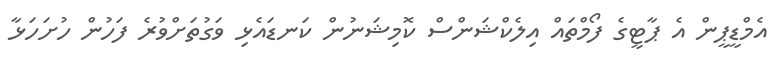
އެމްޑީޕީން އެ ޕާޓީގެ ފޯމްތައް އިލެކްޝަންސް ކޮމިޝަނުން ކަނޑައެޅި ވަގުތަށްވުރެ ފަހުން ހުށަހަޅާ